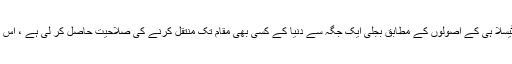
آج امریکی ریاست ایلاسکا میں قائم بہت بڑے امریکی ادارے HARRP نے ٹیسلا ہی کے اصولوں کے مطابق بجلی ایک جگہ سے دنیا کے کسی بھی مقام تک منتقل کرنے کی صلاحیت حاصل کر لی ہے ، اس ادارے نے اور بھی بہت سے ایسے کام کئے ہیں، جنہیں خفیہ رکھا جارہا ہے ۔